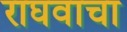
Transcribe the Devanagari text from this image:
राघवाचा